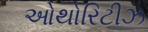
ઓથોરિટીઝ